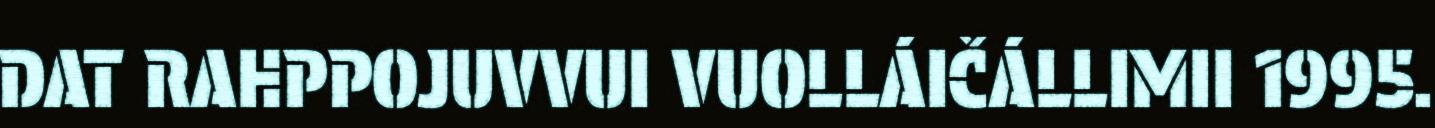
DAT RAHPPOJUVVUI VUOLLÁIČÁLLIMII 1995.